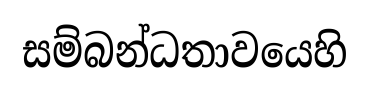
සම්බන්ධතාවයෙහි